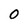
Character: 0